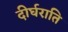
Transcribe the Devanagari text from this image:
दीर्घराति